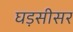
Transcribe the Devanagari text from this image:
घड़सीसर